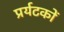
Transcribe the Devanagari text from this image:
प्रर्यटकों